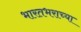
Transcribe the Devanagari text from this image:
भारतभराच्‍या